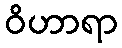
ဝိဟာရာ